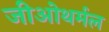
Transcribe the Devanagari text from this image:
जीओथर्मल